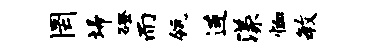
罔埽磴而瓴连漾恤毓